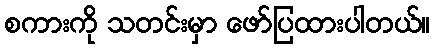
စကားကို သတင်းမှာ ဖော်ပြထားပါတယ်။